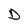
Character: D